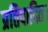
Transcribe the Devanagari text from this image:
प्रतिपादित।